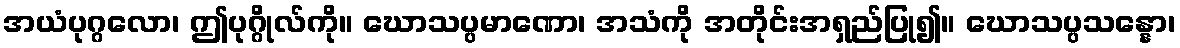
အယံပုဂ္ဂလော၊ ဤပုဂ္ဂိုလ်ကို။ ဃောသပ္ပမာဏော၊ အသံကို အတိုင်းအရှည်ပြု၍။ ဃောသပ္ပသန္နော၊